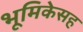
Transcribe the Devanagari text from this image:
भूमिकेसह